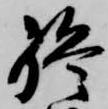
終